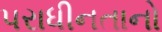
પરાધીનતાનો